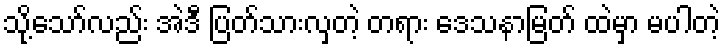
သို့သော်လည်း အဲဒီ ပြတ်သားလှတဲ့ တရား ဒေသနာမြတ် ထဲမှာ မပါတဲ့